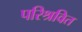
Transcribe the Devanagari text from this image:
परिश्रवित